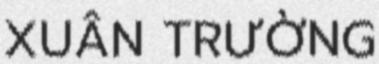
XUÂN TRƯỜNG